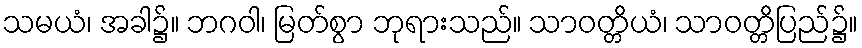
သမယံ၊ အခါ၌။ ဘဂဝါ၊ မြတ်စွာ ဘုရားသည်။ သာဝတ္တိယံ၊ သာဝတ္တိပြည်၌။